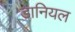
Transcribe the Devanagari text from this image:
डानियल